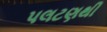
પલટણથી